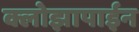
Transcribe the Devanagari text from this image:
क्लोझापाईन